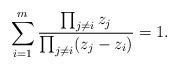
LaTeX: \begin{align*} \sum_{i=1}^m\frac{\prod_{j\neq i} z_j}{\prod_{j\neq i}(z_j-z_i)}=1.\end{align*}